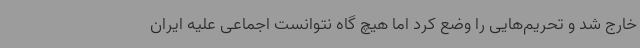
خارج شد و تحریم‌هایی را وضع کرد اما هیچ گاه نتوانست اجماعی علیه ایران